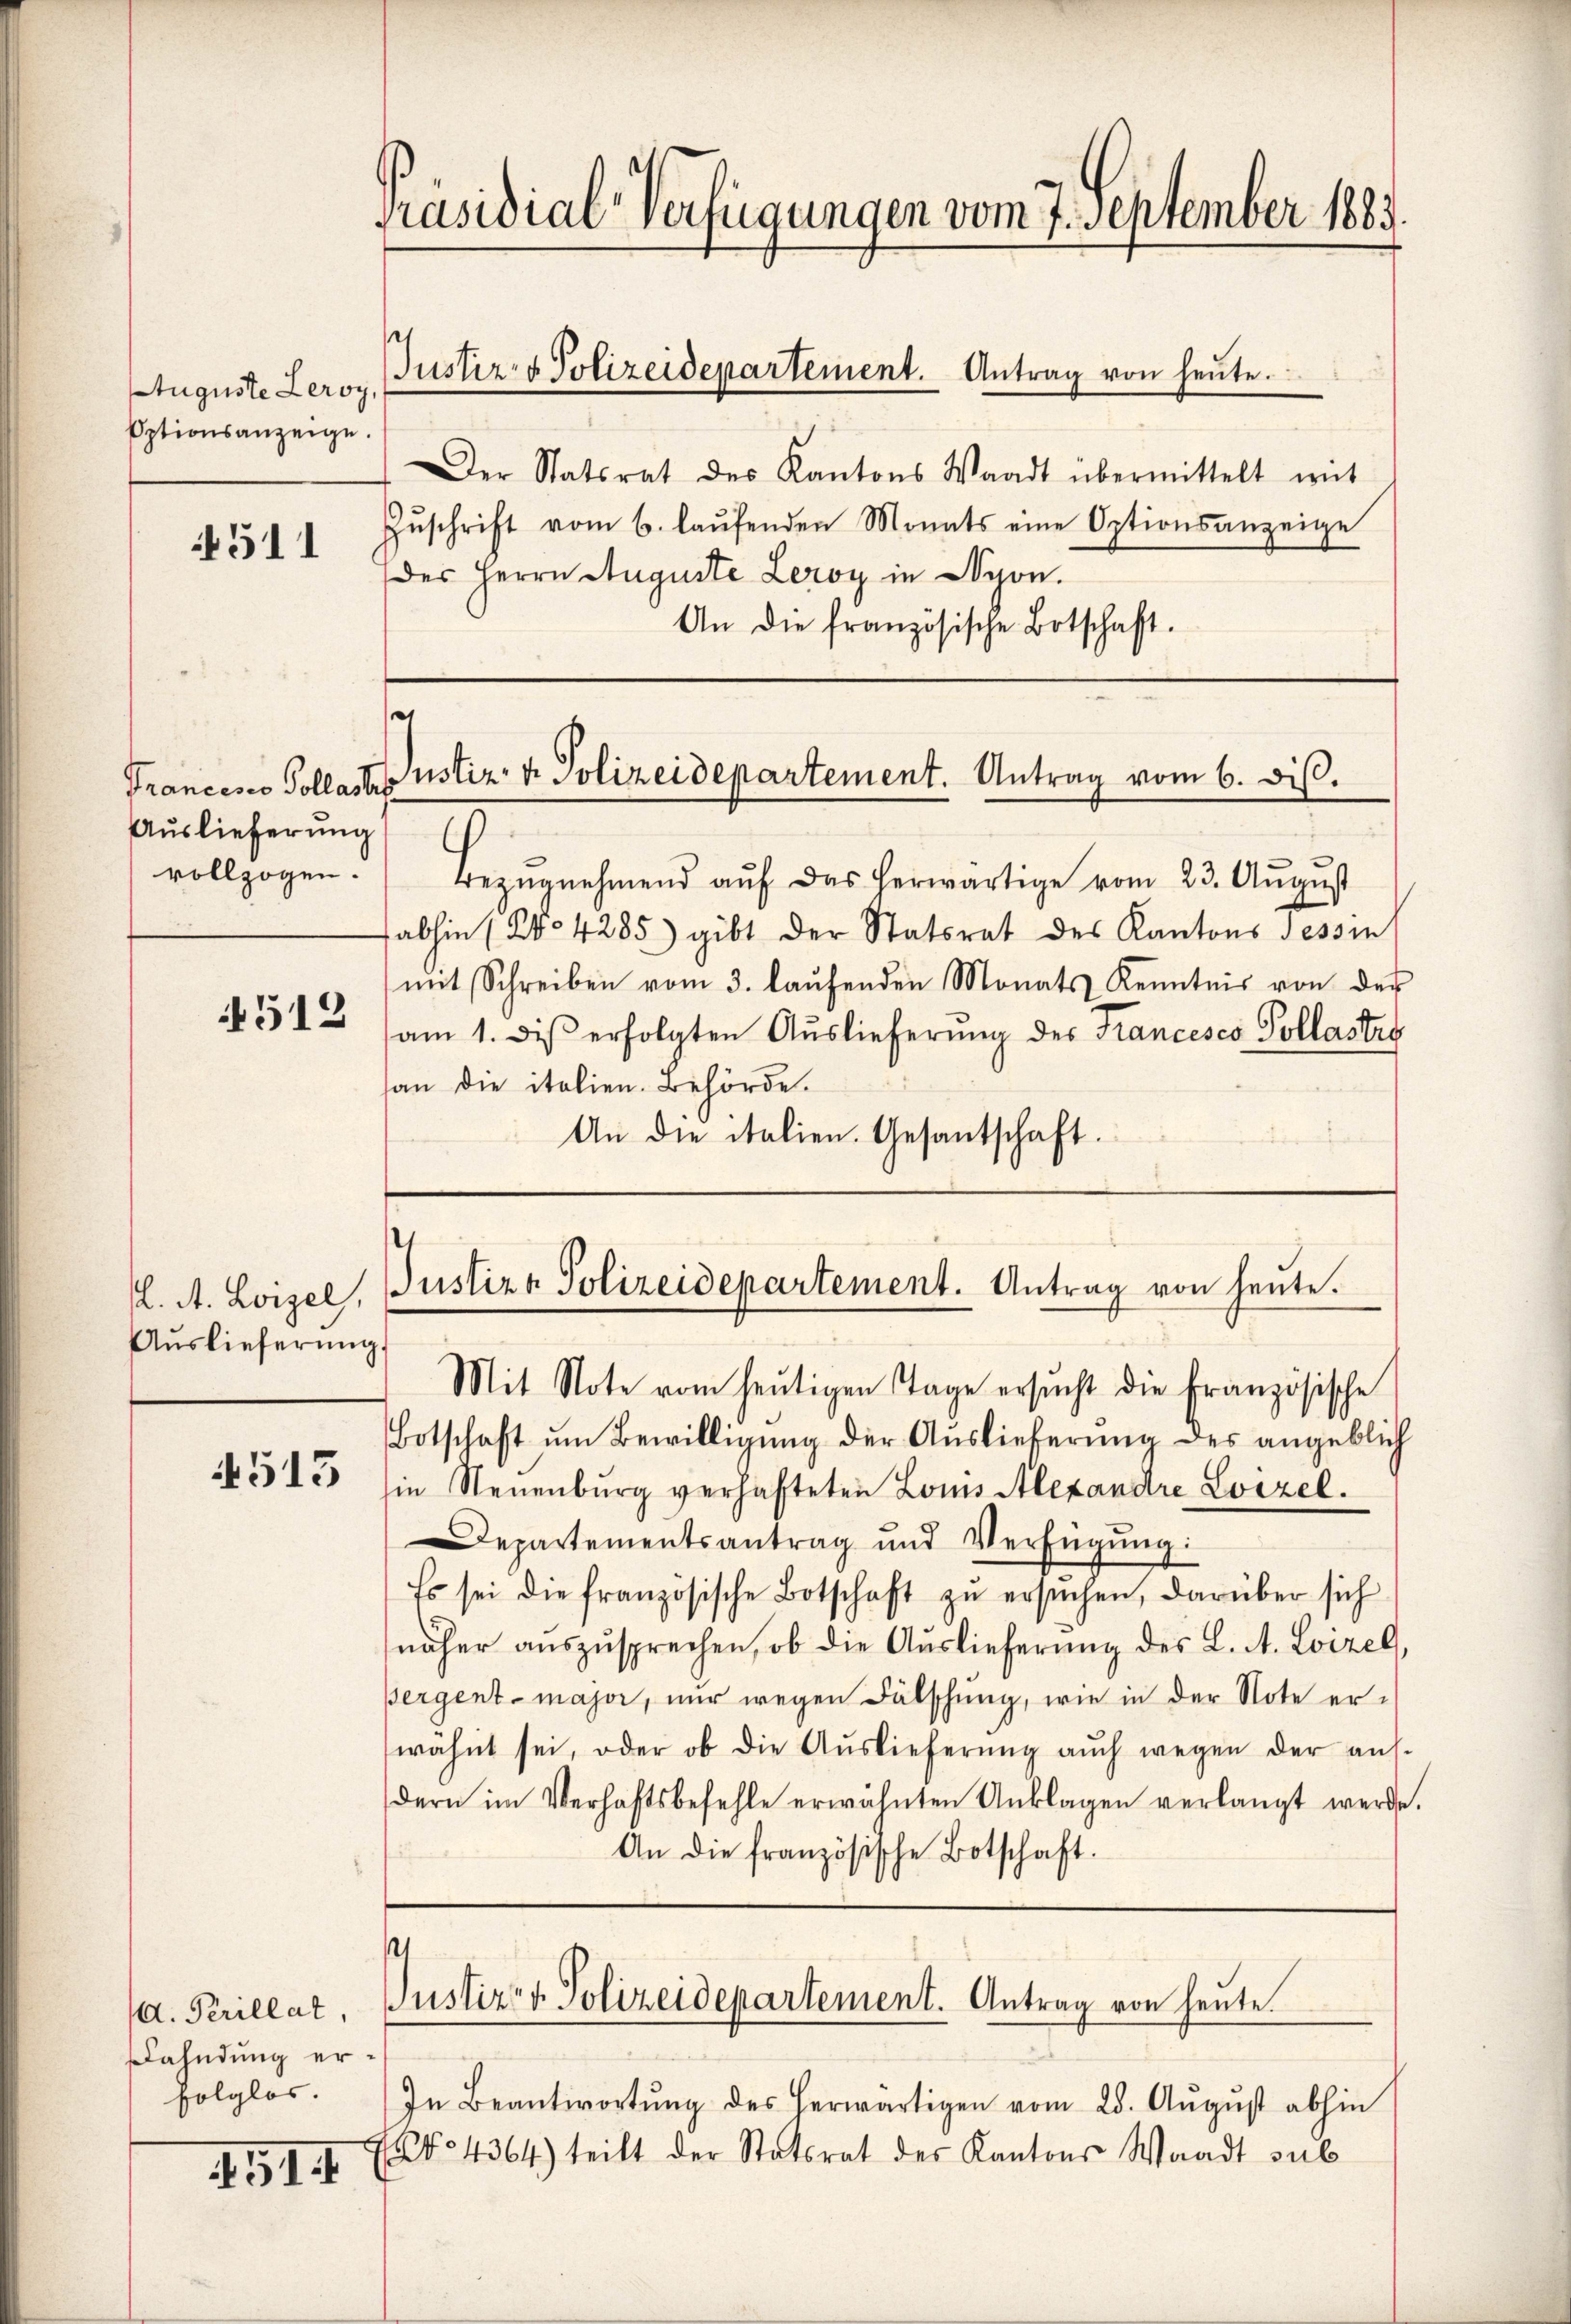
Auguste Leroy,
Optionsanzeige.

4511

Auslieferung
vollzogen.

512

I. A. Loizel,
Auslieferung.

4513

A. Perillat,
ahndung erfolglos.

451

Präsidial-Verfügungen vom 7. September 1883.

Der Statsrat des Kantons Waadt übermittelt mit
Zŭschrift vom 6. laŭfenden Monats eine Optionsanzeige
des Herrn Auguste Leroy in Nyon.
An die französische Botschaft.

Justiz- & Polizeidepartement. Antrag von heute.

e

Francene Pollast ustiz- & Polizeidepartement. Antrag vom 6. dis.

.
Justiza Polizeidepartement. Antrag von heute.
Mit Note vom heŭtigen Tage ersŭcht die Französische

Bezŭgnehmend aŭf das herwärtige vom 23. Aŭgŭst
fabhin (No 4285) gibt der Statsrat des Kantons Tessin
mit Schreiben vom 3. laŭfenden Monats Kenntnis von der
am 1. dis erfolgten Auslieferung des Francesco Pollastro
an die italien. Behörde.
An die italien. Gesantschaft.

Botschaft ŭm Bewilligŭng der Auslieferŭng des angeblich
in Neuenburg verhafteten Lois Alexandre Loizel.
Departementsantrag und Verfügŭng:
Es sei die französische Botschaft zŭ ersŭchen, darüber sich
näher aŭszŭsprechen, ob die Aŭslieferŭng des L. A. Loizel
Bergent - major, nur wegen Fälschung, wie in der Note erwähnt sei, oder ob die Aŭslieferŭng aŭch wegen der aus-
dern im Verhaftsbefehle erwähnten Anklagen verlangt werde.
An die französische Botschaft.
p
Justiz- & Polizeidepartement. Antrag von heute.
In Beantwortŭng des herwärtigen vom 28. Aŭgŭst abhin
No 4364) teilt der Statsrat des Kantons Waadt sub